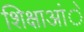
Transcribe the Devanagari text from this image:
शिक्षाआंे